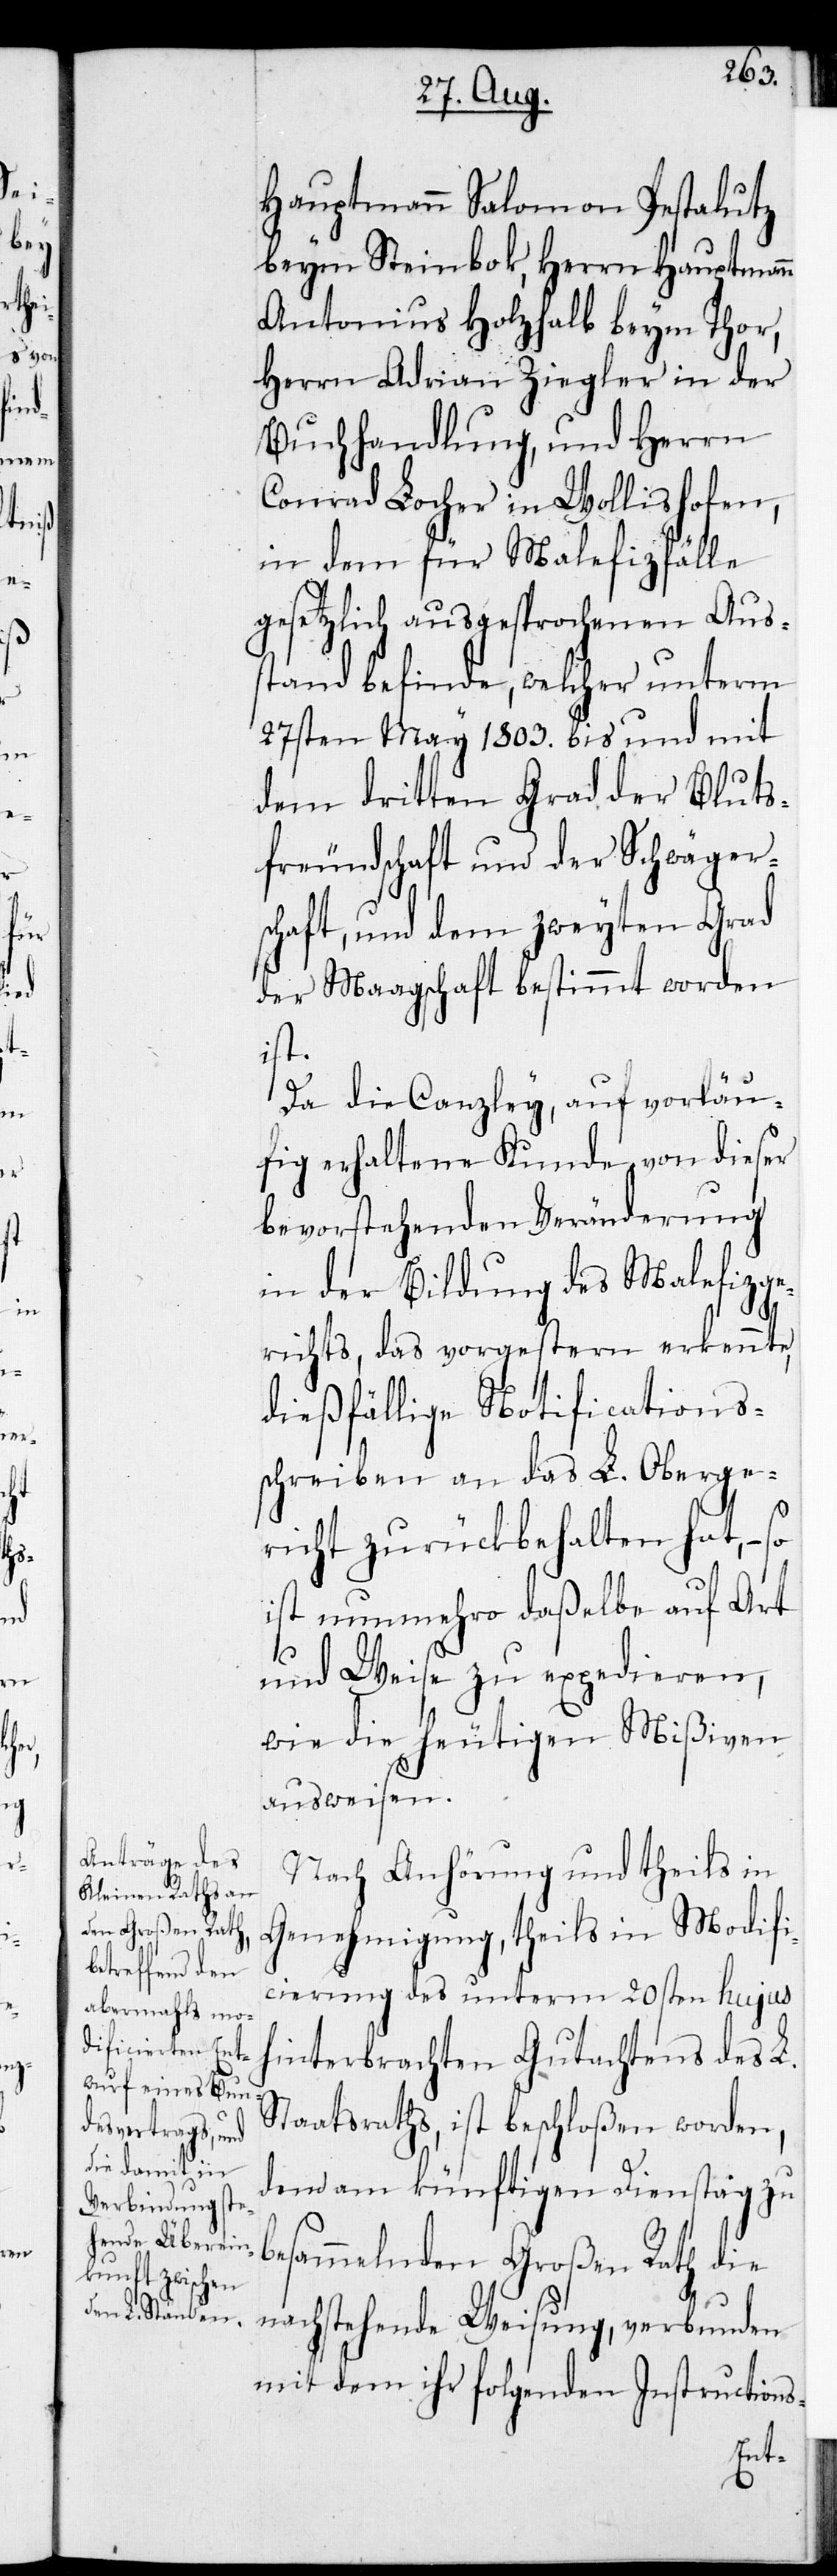
Hauptmann Salomon Pestalutz
beym Steinbok, Herrn Hauptmann
Antonius Holzhalb beym Thor,
Herrn Adrian Ziegler in der
Buchhandlung und Herrn
Conrad Loher in Wollishofen
in dem für Malefizfälle
gesetzlich ausgesprochenen Aus¬
stand befinde, welcher unterm
27sten May 1803. bis und mit
dem dritten Grad der Bluts¬
freundschaft und der Schwäger¬
schaft, und dem zweyten Grad
der Maagschaft bestimmt worden
ist.
Da die Canzley, auf vorläu¬
fig erhaltene Kunde von dieser
bevorstehenden Veränderung
in der Bildung des Malefizge¬
richts, das vorgestern erkennte,
dießfällige Notifications¬
schreiben an das L. Oberge¬
richt zurückbehalten hat, – so
ist nunmehro daßelbe auf Art
und Weise zu expedieren,
wie die heutigen Mißiven
ausweisen.
Nach Anhörung und theils in
Genehmigung, theils in Modifi¬
cierung des unterm 20sten hujus
hinterbrachten Gutachtens des L.
Staatsraths, ist beschloßen worden,
dem am künftigen Dienstag zu
besammelnden Großen Rath die
nachstehende Weisung, verbunden
mit dem ihr folgenden Instructions-